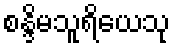
စန္ဒိမသူရိယေသု